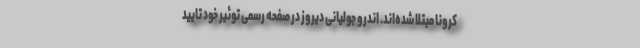
کرونا مبتلا شده‌اند. اندرو جولیانی دیروز در صفحه رسمی توئیر خود تایید